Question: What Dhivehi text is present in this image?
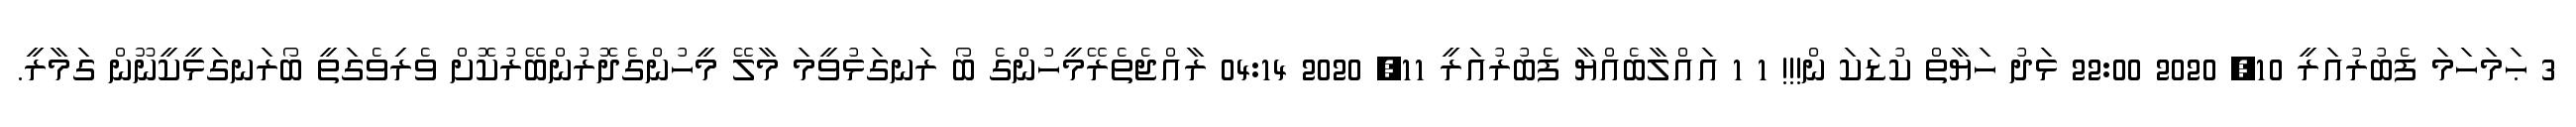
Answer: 3 ޙަމަހަމަ ފެބުރުއަރީ 10, 2020 22:00 ޅަދު ހަޔާތް ކުޑަކަ ން!!! 1 1 އައްލާބެއްޔާ ފެބުރުއަރީ 11, 2020 04:14 ރާއްޖެތެރޭމީހުންގެ ބޯ ރަނގަޅުވީމަ މާލޭ މީހުންގެދޮރުންބޭރުކޮށް ވެރިވެގަތީ ބޯރަނގަޅީކީނޫން ގަމާރީ.